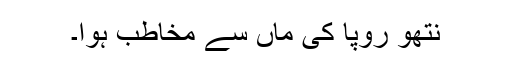
نتھو رُوپا کی ماں سے مخاطب ہوا۔